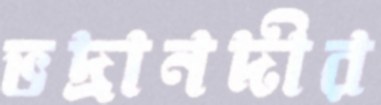
ভদ্রানদীর